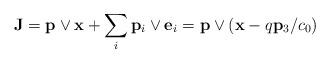
LaTeX: \begin{align*}{\bf J}={\bf p}\vee{\bf x}+\sum_{i}{\bf p}_i\vee{\bf e}_i={\bf p}\vee ({\bf x}-q{\bf p}_3/c_0)\end{align*}